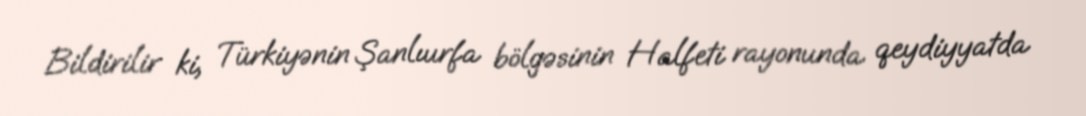
Bildirilir ki, Türkiyənin Şanlıurfa bölgəsinin Halfeti rayonunda qeydiyyatda